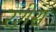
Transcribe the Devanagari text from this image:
रशेस